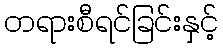
တရားစီရင်ခြင်းနှင့်